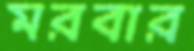
মরবার